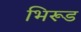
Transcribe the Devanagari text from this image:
भिरूड